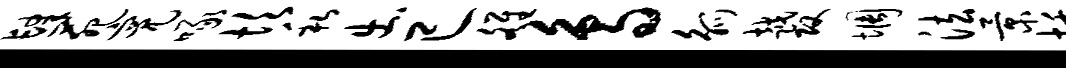
肆苑亮啄坎私出已雒鸟觚越攻惆法景恬